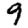
Digit: 9